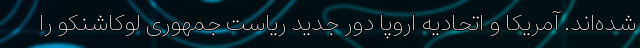
شده‌اند. آمریکا و اتحادیه اروپا دور جدید ریاست جمهوری لوکاشنکو را